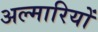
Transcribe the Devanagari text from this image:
अल्मारियों